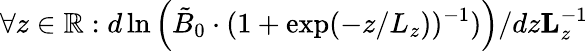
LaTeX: \forall z\in\mathbb{R}:d\ln\left(\tilde{B}_{0}\cdot(1+\exp(-z/L_{z}))^{-1})\right)/dz\le L_{z}^{-1}